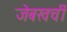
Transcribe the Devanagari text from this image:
जेबखर्ची